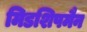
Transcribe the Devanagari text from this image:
मिडशिपमैन